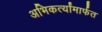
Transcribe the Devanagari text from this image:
अभिकर्त्यांमार्फत